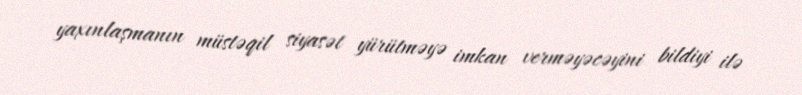
yaxınlaşmanın müstəqil siyasət yürütməyə imkan verməyəcəyini bildiyi ilə